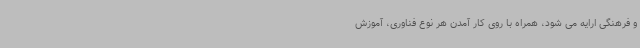
و فرهنگی ارایه می شود، همراه با روی کار آمدن هر نوع فناوری، آموزش